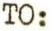
TO: